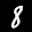
Label: 8